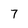
Character: 7